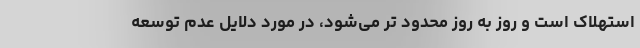
استهلاک است و روز به روز محدود تر می‌شود، در مورد دلایل عدم توسعه